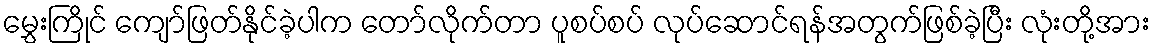
မွှေးကြိုင် ကျော်ဖြတ်နိုင်ခဲ့ပါက တော်လိုက်တာ ပူစပ်စပ် လုပ်ဆောင်ရန်အတွက်ဖြစ်ခဲ့ပြီး လုံးတို့အား